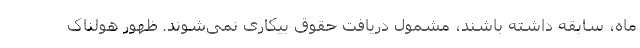
ماه، سابقه داشته باشند، مشمول دریافت حقوق بیکاری نمی‌شوند. ظهور هولناک